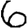
Digit: 6